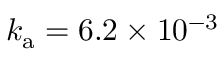
k _ { \mathrm { a } } = 6 . 2 \times 1 0 ^ { - 3 }